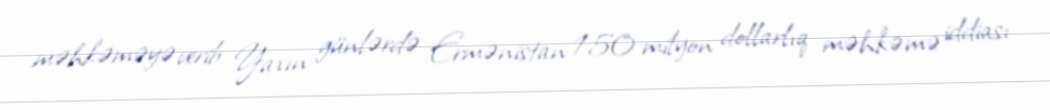
məhkəməyə verib Yaxın günlərdə Ermənistan 150 milyon dollarlıq məhkəmə iddiası